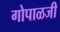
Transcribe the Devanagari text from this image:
गोपाळजी